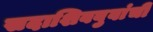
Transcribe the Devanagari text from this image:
सदाशिवबुवांची